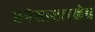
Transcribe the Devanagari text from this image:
धनेशासारखेच